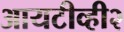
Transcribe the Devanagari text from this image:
आयटीव्ही२